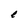
Character: e